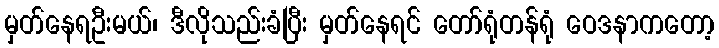
မှတ်နေရဦးမယ်၊ ဒီလိုသည်းခံပြီး မှတ်နေရင် တော်ရုံတန်ရုံ ဝေဒနာကတော့